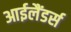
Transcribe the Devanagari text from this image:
आईलैंडर्स